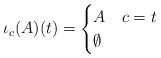
\begin{align*} \iota_c(A)(t)= \begin{cases} A & c=t\\ \emptyset & \end{cases}\end{align*}